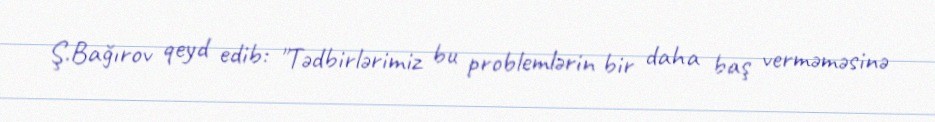
Ş.Bağırov qeyd edib: "Tədbirlərimiz bu problemlərin bir daha baş verməməsinə